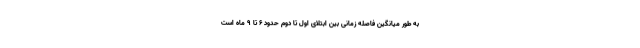
به طور میانگین فاصله زمانی بین ابتلای اول تا دوم حدود ۶ تا ۹ ماه است